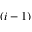
( i - 1 )